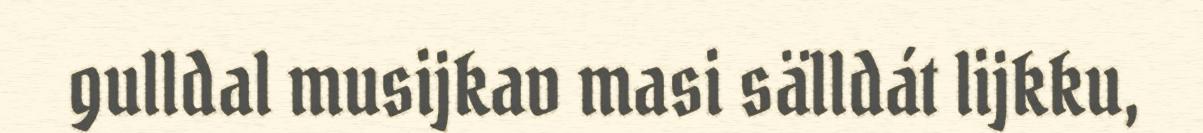
gulldal musijkav masi sälldát lijkku,